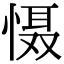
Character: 慑